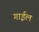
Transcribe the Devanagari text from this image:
गाईल